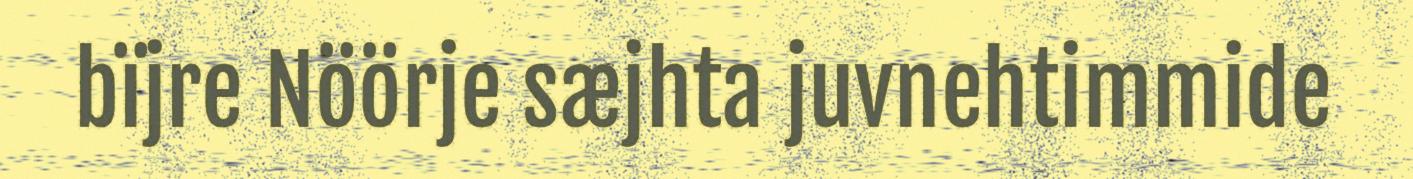
bïjre Nöörje sæjhta juvnehtimmide